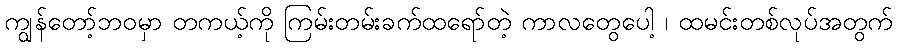
ကျွန်တော့်ဘဝမှာ တကယ့်ကို ကြမ်းတမ်းခက်ထရော်တဲ့ ကာလတွေပေါ့ ၊ ထမင်းတစ်လုပ်အတွက်